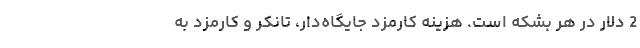
2 دلار در هر بشکه است. هزینه کارمزد جایگاه‌دار، تانکر و کارمزد به